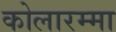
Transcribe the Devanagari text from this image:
कोलारम्मा